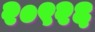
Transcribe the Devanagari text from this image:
२०९२६